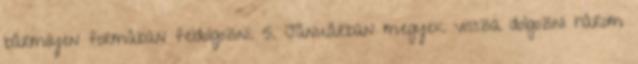
bármilyen formában feldolgozni. 5. Januárban megyek vissza dolgozni három